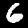
Digit: 6